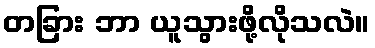
တခြား ဘာ ယူသွားဖို့လိုသလဲ။